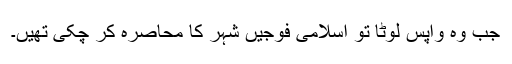
جب وہ واپس لوٹا تو اسلامی فوجیں شہر کا محاصرہ کر چکی تھیں۔